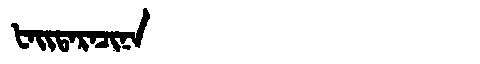
Manchu: ᡶᠠᡳᡨᠠᡵᠠᠴᡳᠨᠠ
Romanization: FAITARACINA